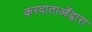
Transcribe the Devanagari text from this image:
करदाताओंद्वारा